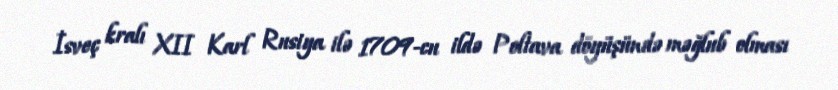
İsveç kralı XII Karl Rusiya ilə 1709-cu ildə Poltava döyüşündə məğlub olması